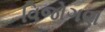
વિજોગણ